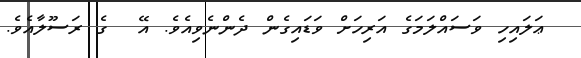
ޢަލައިހި ވަސައްލަމަގެ އަރިހަށް ވަޑައިގެން ދެންނެވިއެވެ. އޭ  ގެ ރަސޫލާއެވެ.